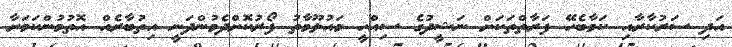
އަދި ސަރުކާރާއި ކަމާބެހޭ ފަރާތްތަކަށް ނަޝީދުގެ ސިއްހީ މައުލޫމާތު ފޯރުކޮށްދެމުންދަނީ އިތުބާރެއް އޮތުމުންކަމަށާ